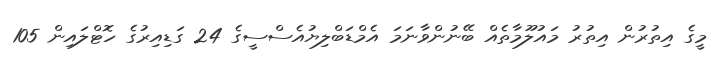
މީގެ އިތުރުން އިތުރު މައުލޫމާތެއް ބޭނުންވާނަމަ އެމްޑަބްލިޔުއެސްސީގެ 24 ގަޑިއިރުގެ ހޮޓްލައިން 105